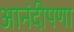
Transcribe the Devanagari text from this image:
आनंदीपणा